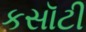
કસૉટી